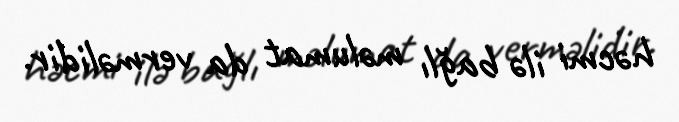
həcmi ilə bağlı məlumat da verməlidir.